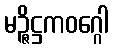
မဉ္ဇိဋ္ဌကဝဂ္ဂေါ